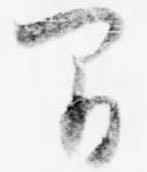
間